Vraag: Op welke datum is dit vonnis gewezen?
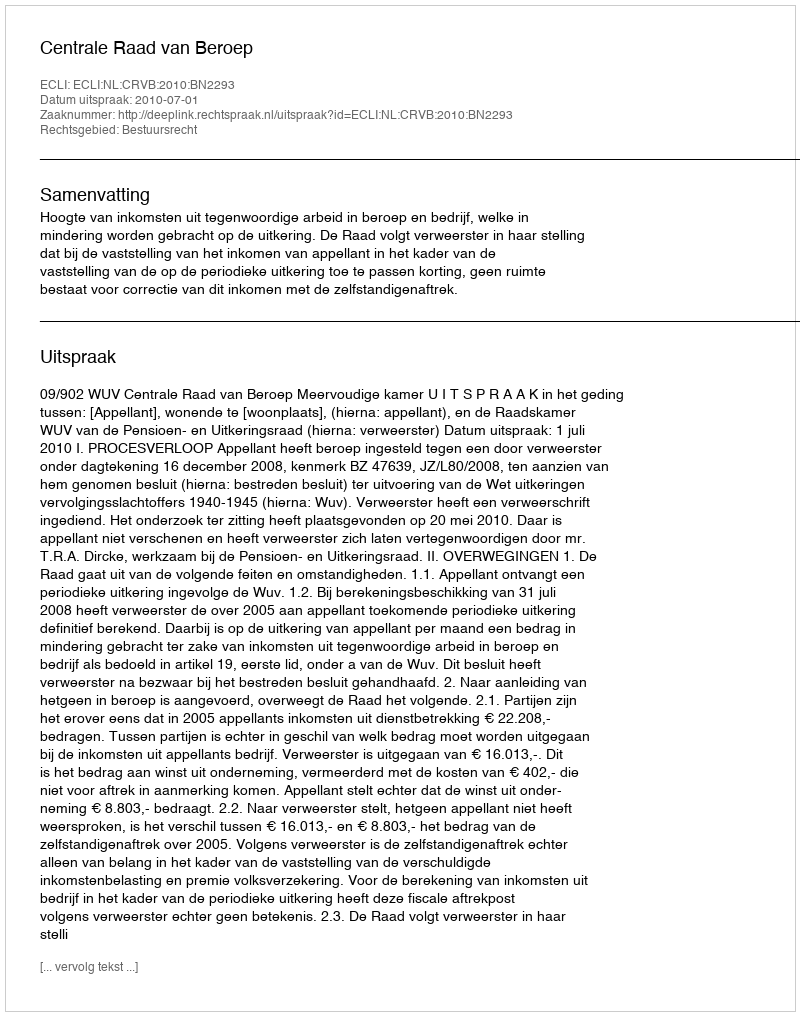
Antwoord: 2010-07-01